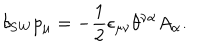
\delta _ { \mathrm { S W } } p _ { \mu } = - \frac { 1 } { 2 } \epsilon _ { \mu \nu } \theta ^ { \nu \alpha } A _ { \alpha } .